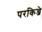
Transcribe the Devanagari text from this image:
परकिन्जे